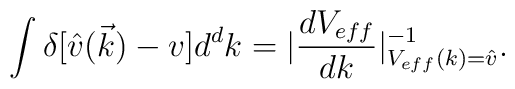
\int \delta[\hat{v}(\vec{k})-v] d^{d}k =  |\frac{dV_{eff}}{dk}|_{V_{eff}(k)=\hat{v}}^{-1}.